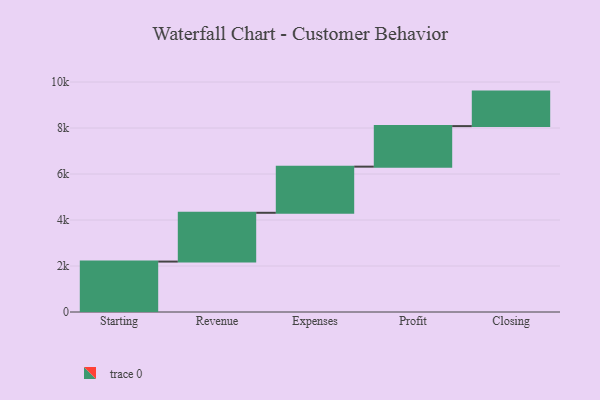
{"axis": {"x": "Step", "y": "Value"}, "legend": [""], "data": [{"x": "Starting", "y": 2192.0, "type": ""}, {"x": "Revenue", "y": 2121.0, "type": ""}, {"x": "Expenses", "y": 2006.0, "type": ""}, {"x": "Profit", "y": 1763.0, "type": ""}, {"x": "Closing", "y": 1500.0, "type": ""}]}